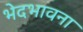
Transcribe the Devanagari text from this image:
भेदभावना